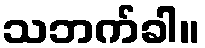
သဘက်ခါ။